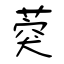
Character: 葖